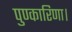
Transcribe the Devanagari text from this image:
पुण्कारिणा।